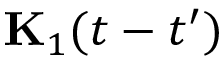
\mathbf { { K } } _ { 1 } ( t - t ^ { \prime } )